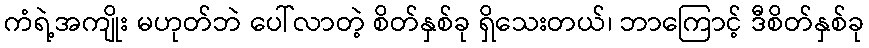
ကံရဲ့အကျိုး မဟုတ်ဘဲ ပေါ်လာတဲ့ စိတ်နှစ်ခု ရှိသေးတယ်၊ ဘာကြောင့် ဒီစိတ်နှစ်ခု